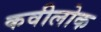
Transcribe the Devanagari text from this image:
कवीलोक